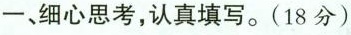
-、细心思考，认真填写。(18分)